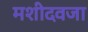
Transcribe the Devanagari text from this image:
मशीदवजा